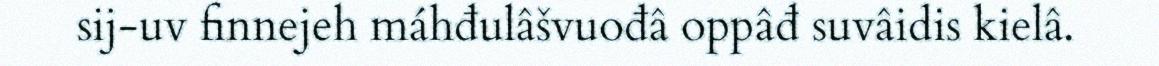
sij-uv finnejeh máhđulâšvuođâ oppâđ suvâidis kielâ.